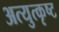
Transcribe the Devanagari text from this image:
अत्युत्‍कृष्ट